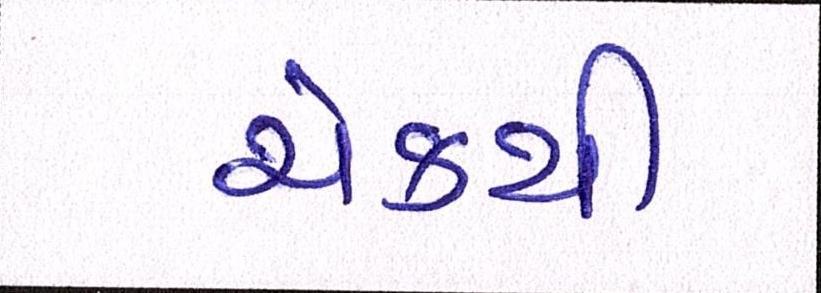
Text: ચેકથી